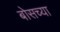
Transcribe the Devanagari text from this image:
बोसच्या